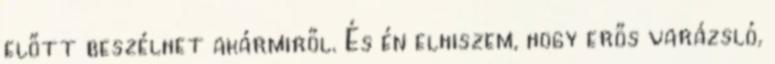
előtt beszélhet akármiről. És én elhiszem, hogy erős varázsló,